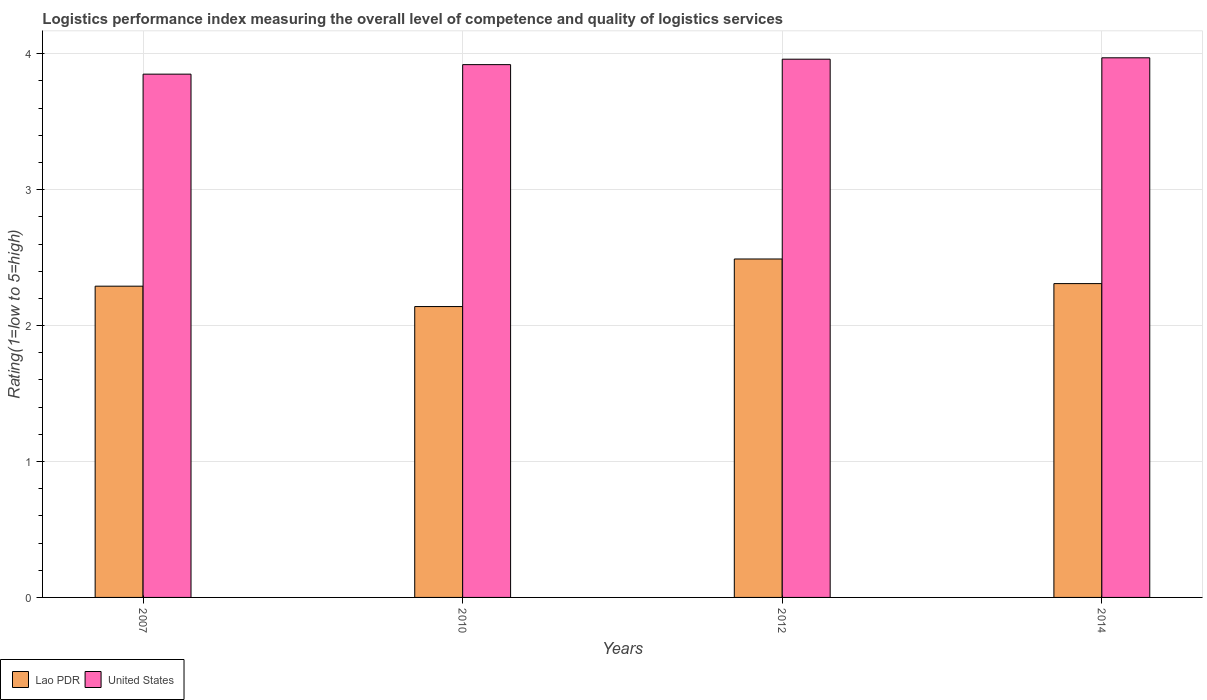
| Years | Lao PDR | United States |
 | --- | --- | --- |
 | 2007 | 2.29 | 3.85 |
 | 2010 | 2.14 | 3.92 |
 | 2012 | 2.49 | 3.96 |
 | 2014 | 2.31 | 3.97 |